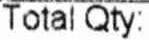
TOTAL QTY: